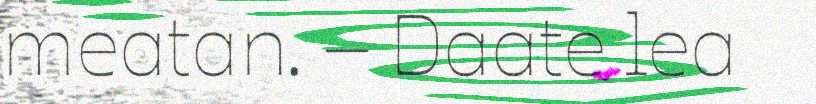
meatan. – Daate lea